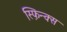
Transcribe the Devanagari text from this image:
स्फ़िन्क्स